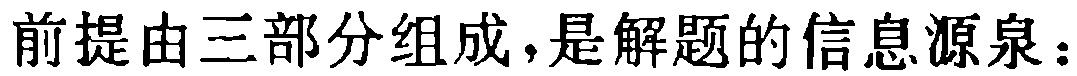
前提由三部分组成，是解题的信息源泉：